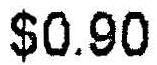
$0.90